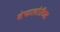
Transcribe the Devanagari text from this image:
सेफालोटिस